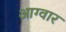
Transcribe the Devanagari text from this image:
आग्वार